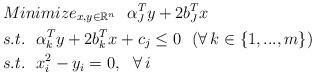
LaTeX: \begin{align*} &Minimize_{x,y\in\mathbb{R}^{n}}\ \ \alpha_J^Ty+2b_J^Tx\\ &s.t.\ \ \alpha_k^Ty+2b_k^Tx+c_j \le 0\ \ (\forall\,k\in\{1,...,m\})\\ &s.t.\ \ x_i^2-y_i = 0,\ \ \forall\,i \end{align*}